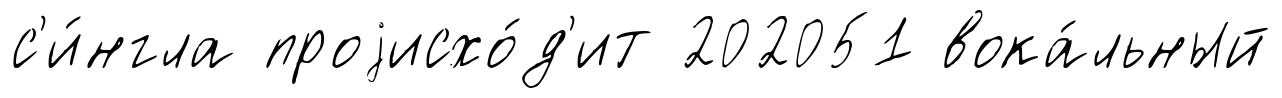
с'и́нгла проjисхо́д'ит 202051 вока́льный